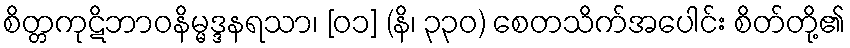
စိတ္တကုဋိဘာဝနိမ္မဒ္ဒနရသာ၊ [၀၁] (နိ၊ ၃၃၀) စေတသိက်အပေါင်း စိတ်တို့၏